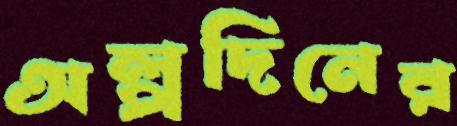
অল্পদিনের